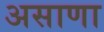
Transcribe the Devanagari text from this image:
असाणा